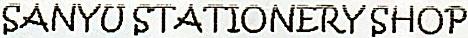
SANYU STATIONERY SHOP